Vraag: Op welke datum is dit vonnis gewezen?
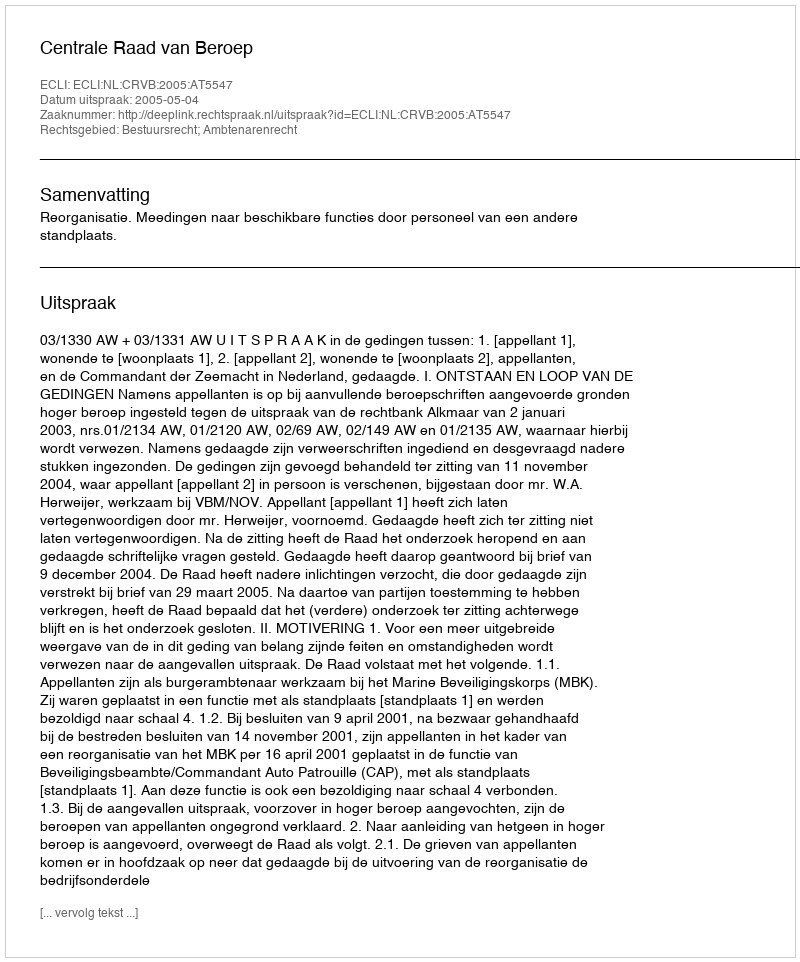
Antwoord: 2005-05-04